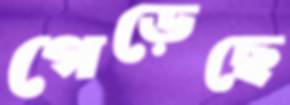
গেড়েছে